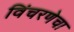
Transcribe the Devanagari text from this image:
विंचरणेचा